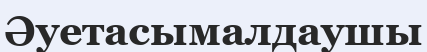
Әуетасымалдаушы